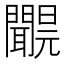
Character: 𨷝